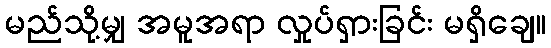
မည်သို့မျှ အမူအရာ လှုပ်ရှားခြင်း မရှိချေ။